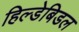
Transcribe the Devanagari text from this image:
हिल्डेबिडल